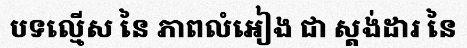
បទល្មើស នៃ ភាពលំអៀង ជា ស្តង់ដារ នៃ